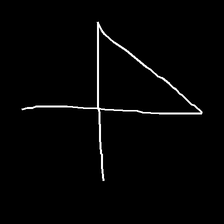
Glyph: collection